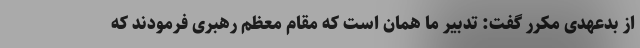
از بدعهدی مکرر گفت: تدبیر ما همان است که مقام معظم رهبری فرمودند که